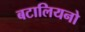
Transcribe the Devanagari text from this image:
बटालियनो